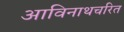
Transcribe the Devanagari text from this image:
आविनाथचरित